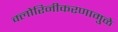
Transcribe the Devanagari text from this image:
क्लोरिनीकरणामुळे